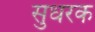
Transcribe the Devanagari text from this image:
सुधरक